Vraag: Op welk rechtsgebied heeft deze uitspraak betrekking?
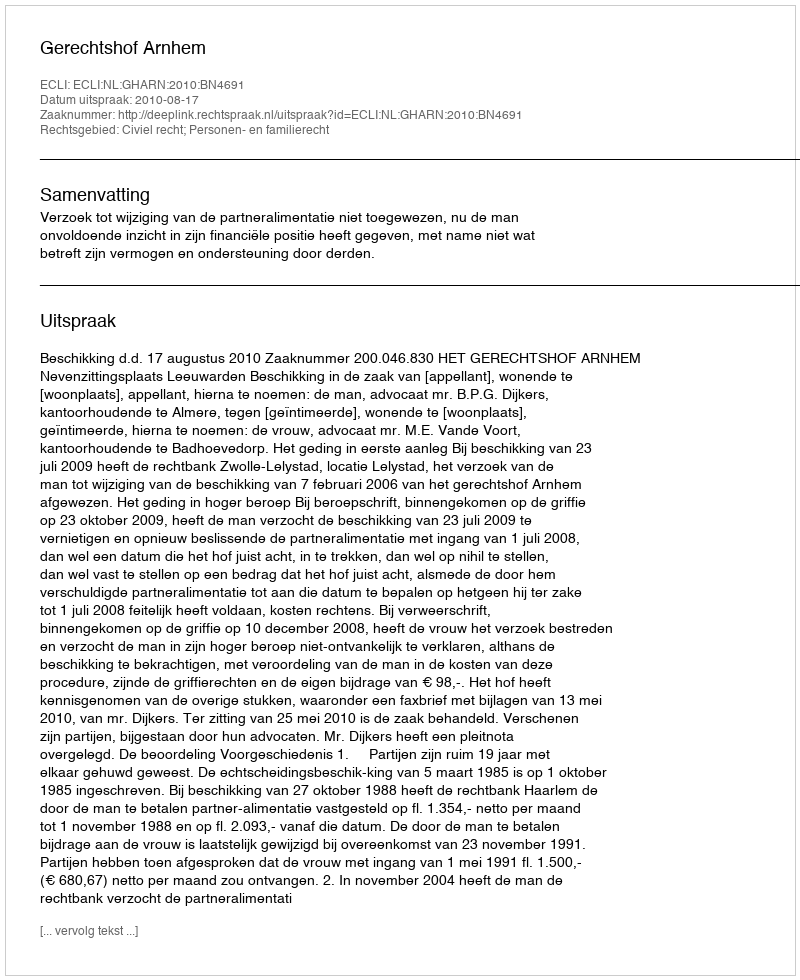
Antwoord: Civiel recht; Personen- en familierecht